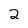
Character: 2